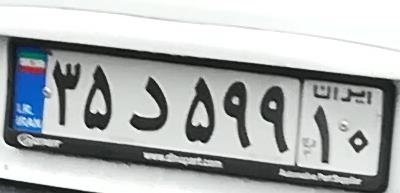
۳۵د۵۹۹۱۰